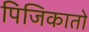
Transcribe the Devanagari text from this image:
पिजिकातो